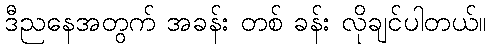
ဒီညနေအတွက် အခန်း တစ် ခန်း လိုချင်ပါတယ်။